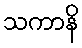
သကာနိ